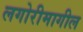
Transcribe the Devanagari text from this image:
लगोरीमागील